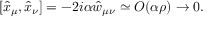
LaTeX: [ \hat { x } _ { \mu } , \hat { x } _ { \nu } ] = - 2 i \alpha \hat { w } _ { \mu \nu } \simeq O ( \alpha \rho ) \rightarrow 0 .